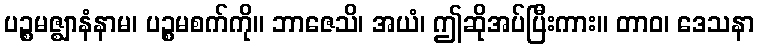
ပဉ္စမဇ္ဈာနံနာမ၊ ပဉ္စမစက်ကို။ ဘာဇေသိ၊ အယံ၊ ဤဆိုအပ်ပြီးကား။ တာဝ၊ ဒေသနာ